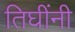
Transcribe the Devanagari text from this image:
तिघींनी